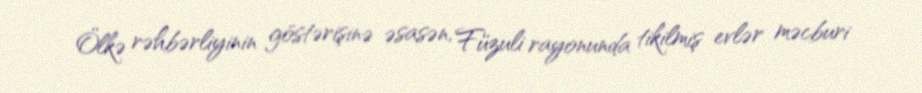
Ölkə rəhbərliyinin göstərişinə əsasən, Füzuli rayonunda tikilmiş evlər məcburi